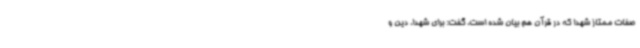
صفات ممتاز شهدا که در قرآن هم بیان شده است، گفت: برای شهدا، دین و